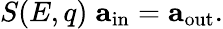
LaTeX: S(E,q)\; \mathbf{a}_{\mathrm{in}}=\mathbf{a}_{\mathrm{out}}.